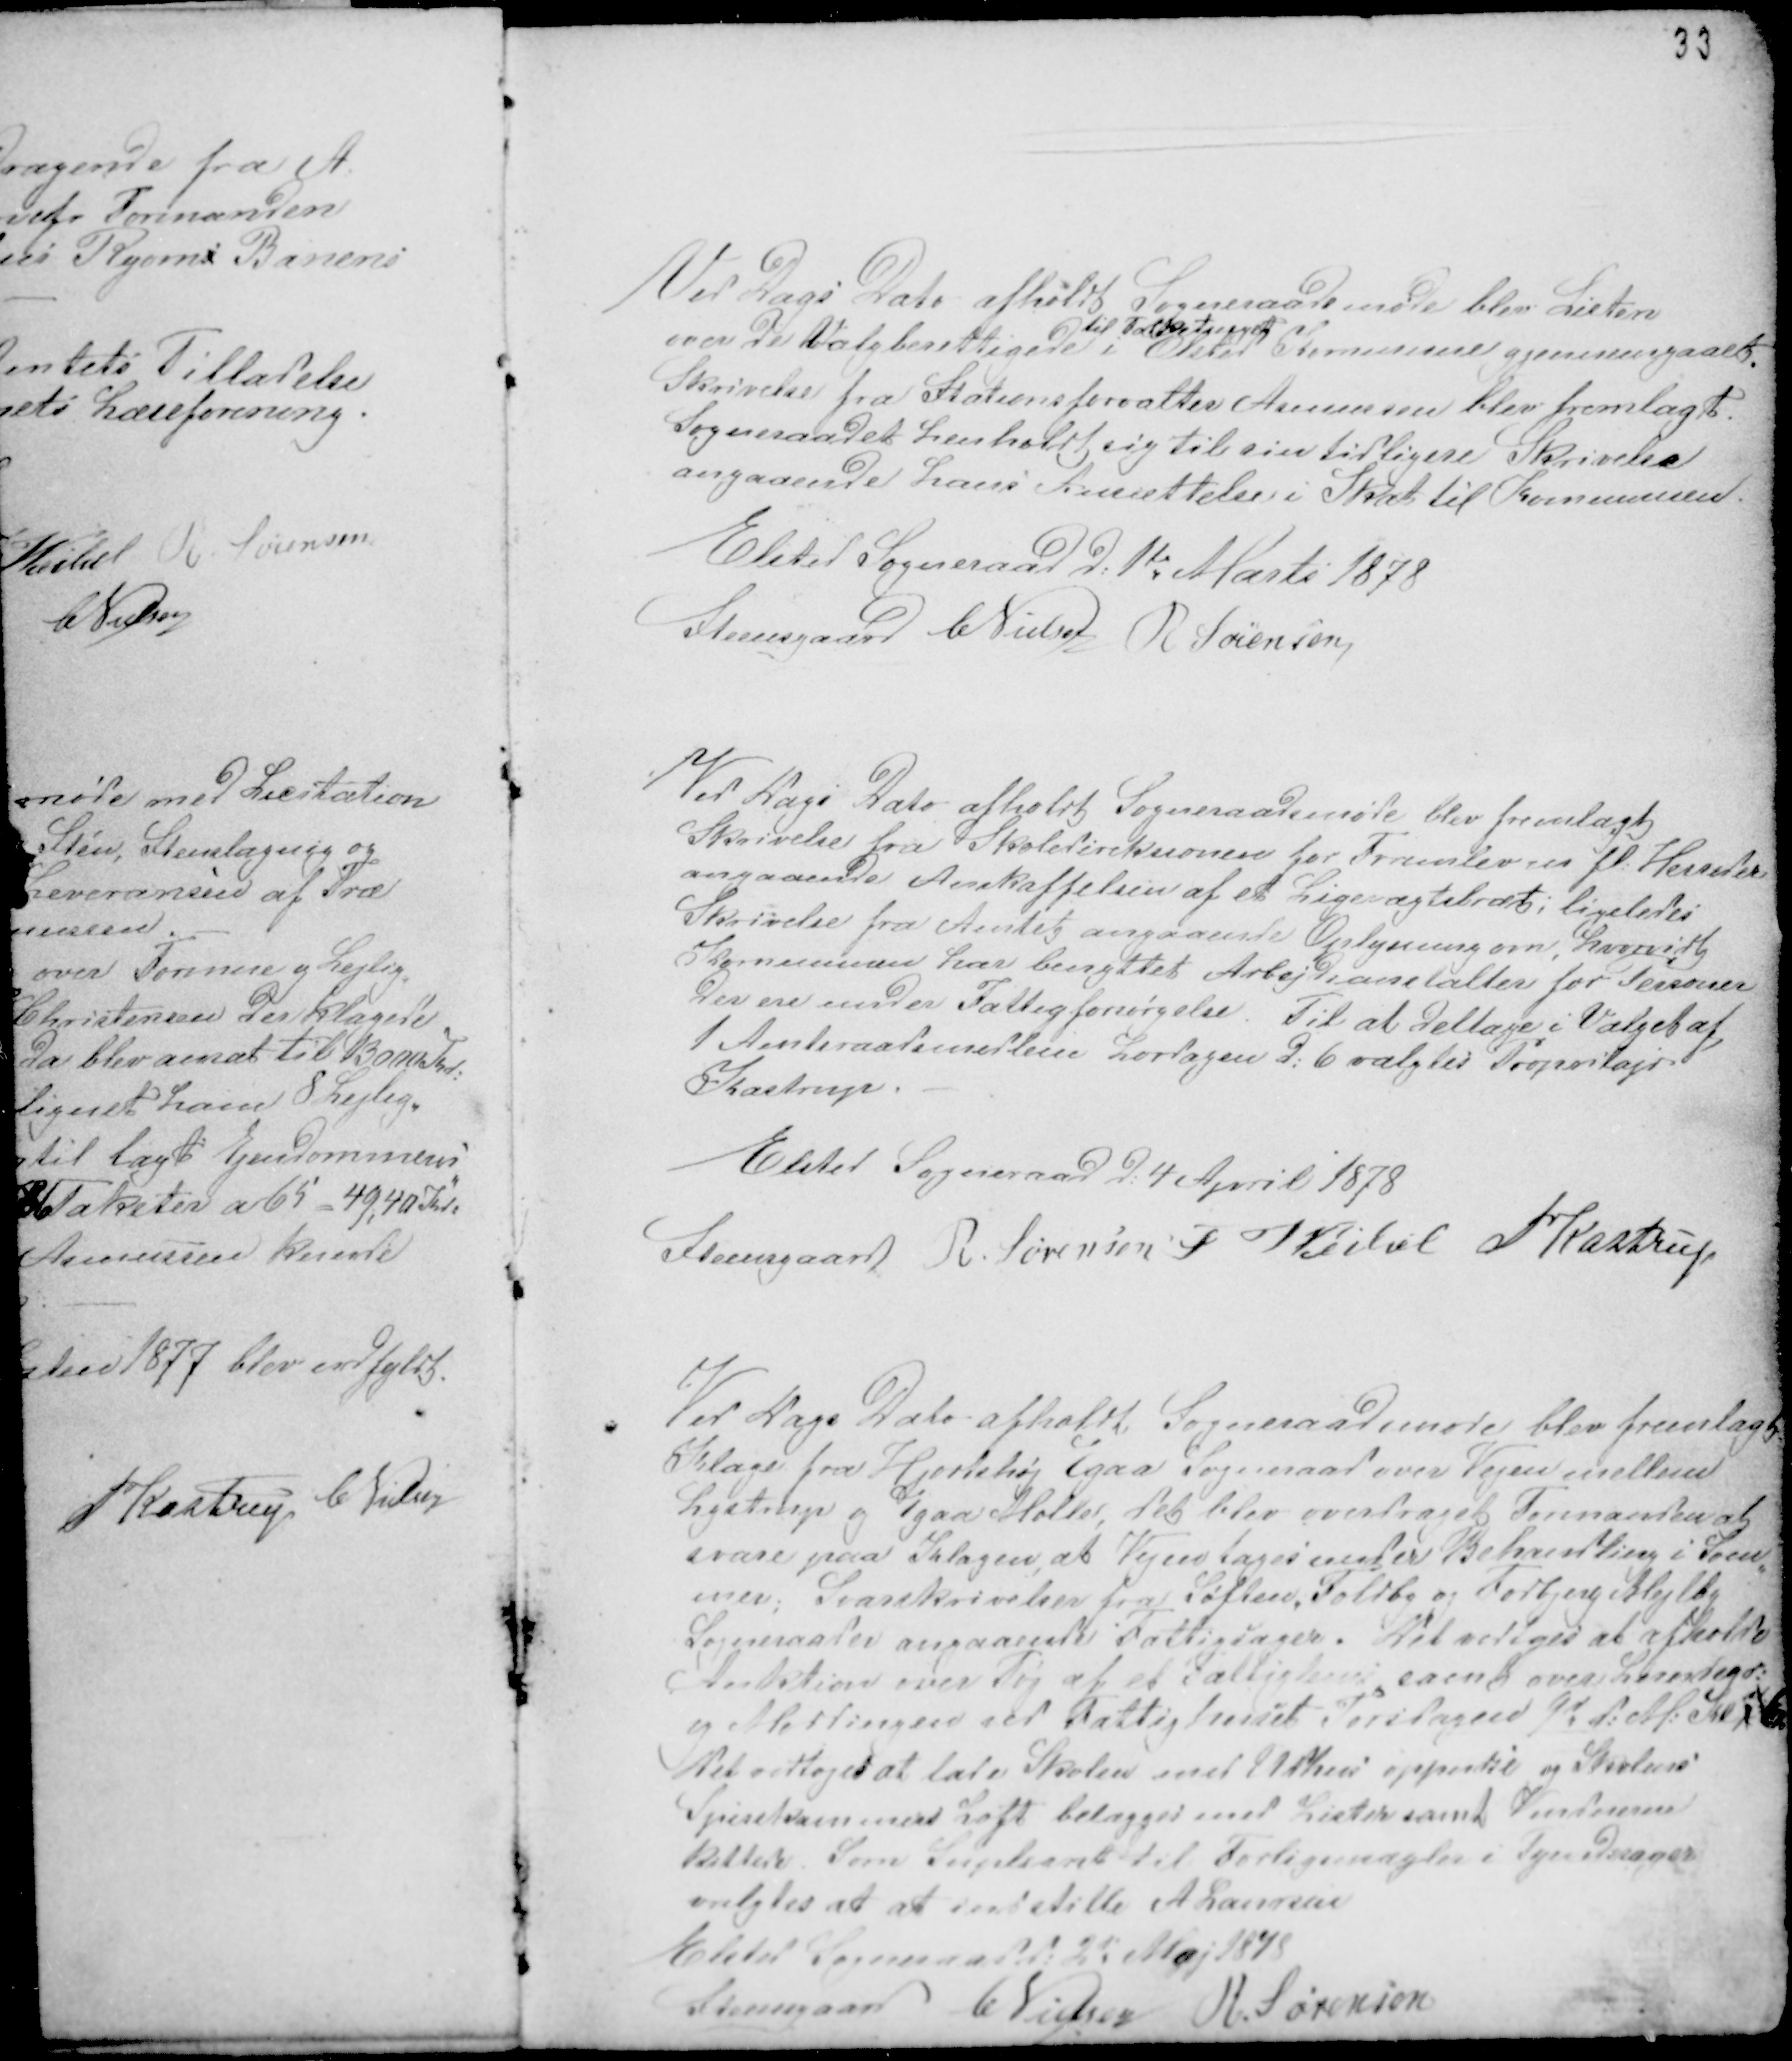
Transskription:
33

Ved Dags Dato afholdt Sogneraadsmøde blev Listen
over de Valgberettigede
til Folketinget
i Elsted Kommune gjennemgaaet.
Skrivelse fra Stationsforvalter Asmussen blev fremlagt.
Sogneraadet henholdt sig til sin tidligere Skrivelse
angaaende hans Ansættelse i Skat til Kommunen.
Elsted Sogneraad d: 1te Marts 1878
Steensgaard CNielsen R Sørensen

Ved Dags Dato afholdt Sogneraadsmøde blev fremlagt
Skrivelse fra Skoledireksionen for Framlev m fl. Herreder
angaaende Anskaffelsen af et Ligevægtsbræt; ligeledes
Skrivelse fra Amtet angaaende Oplysning om, hvorvidt
Kommunen har benyttet Arbejdsanstalter for Personer
der er under Fattigforsørgelse. Til at deltage i Valget af
1 Amtsraadsmedlem Lørdagen d: 6 valgtes Propritajr
Kastrup. -
Elsted Sogneraad d: 4 April 1878
Steensgaard R. Sørensen F Veibel PKastrup

Ved Dags Dato afholdt Sogneraadsmøde blev fremlagt
Klage fra Hjortshøj Egaa Sogneraad over Vejen mellem
Lystrup og Egaa Møller, det blev overdraget Formanden at
svare paa Klagen, at Vejen tages under Behandling i Som-
mer; Svarskrivelser fra Søften, Foldby og Todbjerg Mejlby
Sogneraader angaaende Fattigsager. Det vedtoges at afholde
Auktion over Tøj af et Fattiglem samt over Lundsgr:
og Møddingen ved Fattighuset Torsdagen 9d d: M: Ke
Det vedtoges at lade Skolen med Udhus oppudse og Skolens
Spisekammers Loft belægges med Lister samt Vinduerne
kittede. Som Supleant til Forligsmægler i Tyendesager
valgtes at at indstille A Laursen
Elsted Sogneraad d: 2d Maj 1878
Steensgaard C Nielsen R. Sørensen